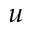
u